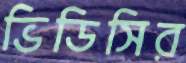
ভিডিসির